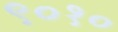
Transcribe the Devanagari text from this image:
९०१०